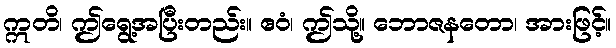
ဣတိ၊ ဤရွေ့အပြီးတည်း။ ဧဝံ၊ ဤသို့။ ဘောဇနတော၊ အားဖြင့်။